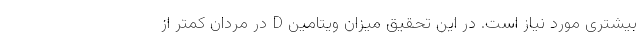
بیشتری مورد نیاز است. در این تحقیق میزان ویتامین D در مردان کمتر از